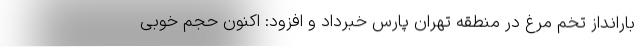
بارانداز تخم مرغ در منطقه تهران پارس خبرداد و افزود: اکنون حجم خوبی